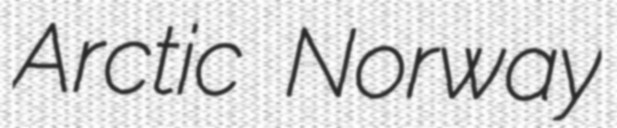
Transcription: Arctic Norway